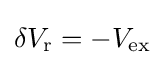
\delta V_{\mathrm {r} }=-V_{\mathrm {ex} }